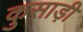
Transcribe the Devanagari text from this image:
कुसाड़ी